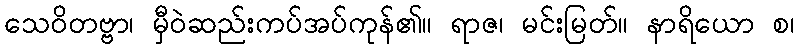
သေဝိတဗ္ဗာ၊ မှီဝဲဆည်းကပ်အပ်ကုန်၏။ ရာဇ၊ မင်းမြတ်။ နာရိယော စ၊